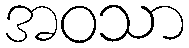
အဝသာ